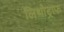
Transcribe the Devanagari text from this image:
लिथोट्राफ